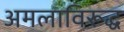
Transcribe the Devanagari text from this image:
अमलाविरूद्ध